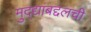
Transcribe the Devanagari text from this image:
मुद्द्यांबद्दलची